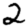
Digit: 2